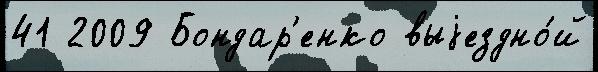
41 2009 Бондар'енко выjездно́й